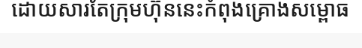
ដោយសារតែក្រុមហ៊ុននេះកំពុងគ្រោងសម្ពោធ